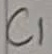
Text: C1